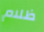
ظلام